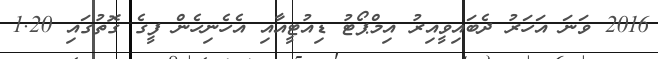
2016 ވަނަ އަހަރު ދެބައިވީއިރު އިމްޕޯޓު ޑިއުޓީއާއި އެހެނިހެން ފީގެ ގޮތުގައި 1.20